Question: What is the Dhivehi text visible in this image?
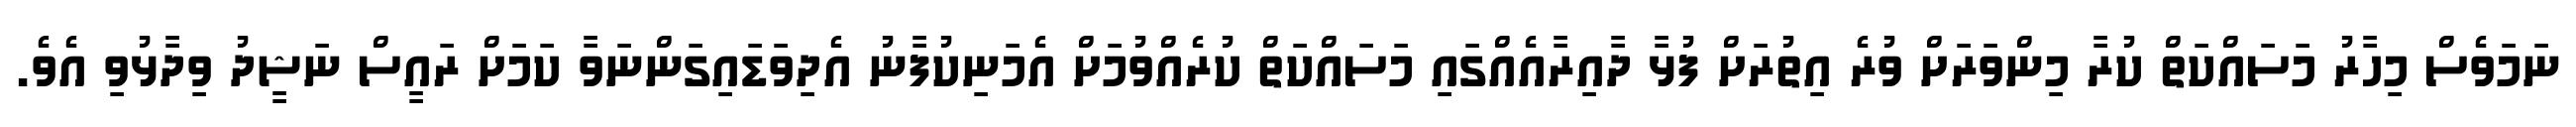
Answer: ނަމަވެސް މިހާރު މަސައްކަތް ކުރާ މިންވަރަށް ވުރެ އިތުރަށް ފުޅާ ދާއިރާއެއްގައި މަސައްކަތް ކުރެއްވުމަށް އެމަނިކުފާނު އެދިވަޑައިގަންނަވާ ކަމަށް ރައީސް ނަޝީދު ވިދާޅުވި އެވެ.